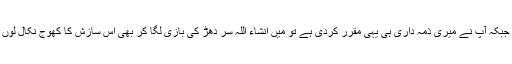
اب جبکہ آپ نے میری ذمہ داری ہی یہی مقرر کردی ہے تو میں انشاء اللہ سر دھڑ کی بازی لگا کر بھی اس سازش کا کھوج نکال لوں گا۔